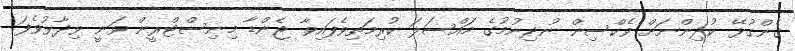
ގެންގުޅޭ ކުދިންނަށް ވެކްސިން ނުދިނުމުގެ މައްސަލަ ކުރިމަތިވެފައިވާ ޖެންޑާ މިނިސްޓްރީން ވަނީ ވިދާޅުވެފަ